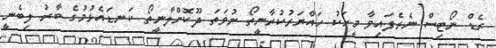
ރެޑް ނޯޓިސް ނެރެފައިވާ މީހަކު ހައްޔަރުކުރާނީތޯ ނުވަތަ ދޫކޮށްލާނީތޯ ކަނޑައެޅުމުގެ ބާރު ލިބެނީ